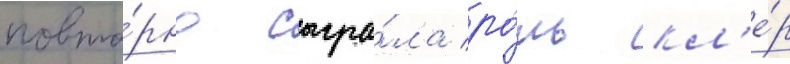
повто́рно сыгра́ла ро́ль кл'е́р